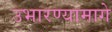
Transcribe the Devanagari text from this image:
उभारण्यामागे